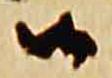
候